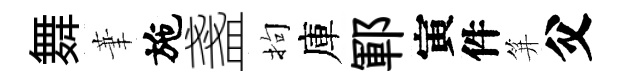
舞茟施盞拘庫鄆寅件笄父